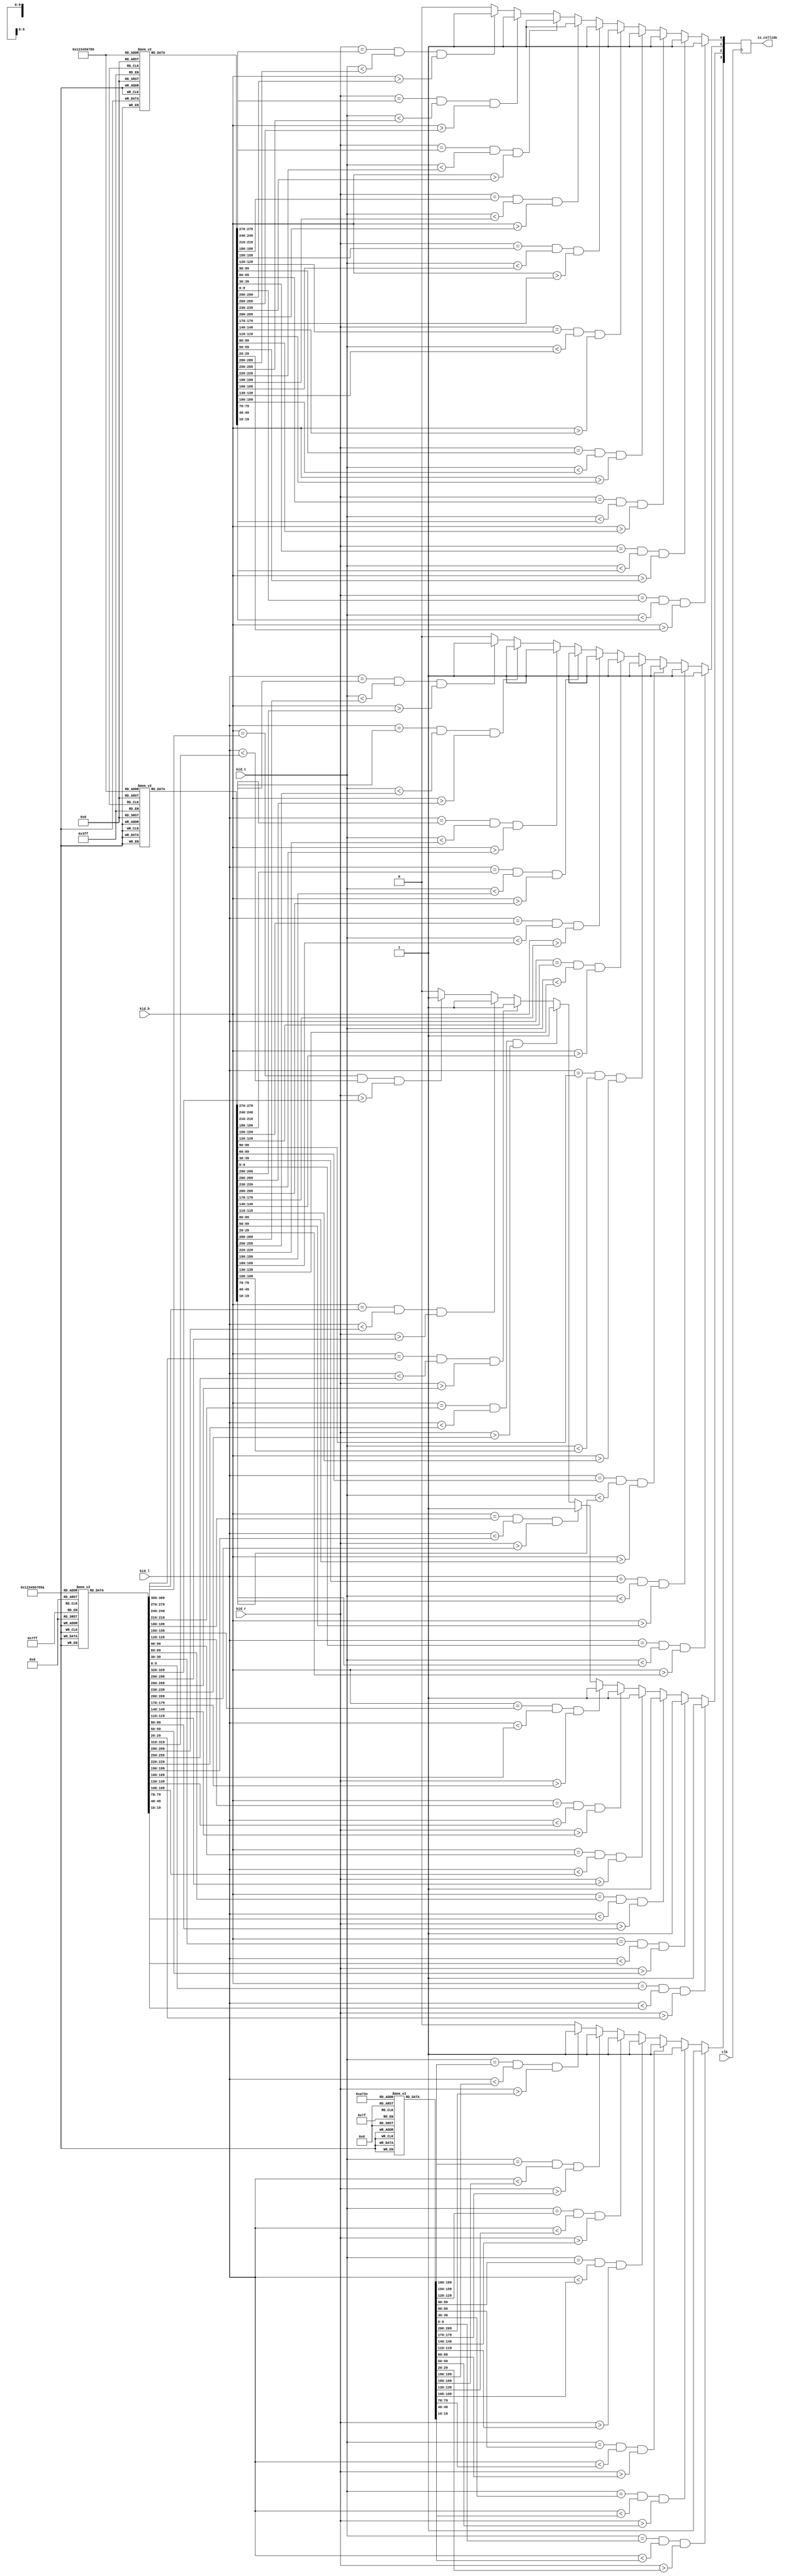
module collide_det (
    input clk,
    input [9:0] kid_t,
    input [9:0] kid_b,
    input [9:0] kid_l,
    input [9:0] kid_r,
    output reg [3:0] is_collide
);

    parameter bound_t_num = 7;
    parameter bound_b_num = 11;
    parameter bound_l_num = 10;
    parameter bound_r_num = 10;

    integer i;

    reg [29:0] bound_t [bound_t_num-1:0];
    reg [29:0] bound_b [bound_b_num-1:0];
    reg [29:0] bound_l [bound_l_num-1:0];
    reg [29:0] bound_r [bound_r_num-1:0];

    initial begin
        bound_t[0] = {10'd60 , 10'd125, 10'd416};
        bound_t[1] = {10'd28 , 10'd60 , 10'd448};
        bound_t[2] = {10'd645, 10'd711, 10'd384};
        bound_t[3] = {10'd547, 10'd613, 10'd351};
        bound_t[4] = {10'd385, 10'd418, 10'd351};
        bound_t[5] = {10'd287, 10'd353, 10'd351};
        bound_t[6] = {10'd743, 10'd775, 10'd416};

        bound_b[0] = {10'd0  , 10'd28 , 10'd318};
        bound_b[1] = {10'd28 , 10'd125, 10'd383};
        bound_b[2] = {10'd28 , 10'd93 , 10'd578};
        bound_b[3] = {10'd189, 10'd677, 10'd578};
        bound_b[4] = {10'd677, 10'd710, 10'd546};
        bound_b[5] = {10'd710, 10'd775, 10'd513};
        bound_b[6] = {10'd743, 10'd775, 10'd383};
        bound_b[7] = {10'd645, 10'd711, 10'd351};
        bound_b[8] = {10'd547, 10'd613, 10'd318};
        bound_b[9] = {10'd385, 10'd418, 10'd318};
        bound_b[10] = {10'd287, 10'd353, 10'd318};

        bound_l[0] = {10'd0  , 10'd318, 10'd9  };
        bound_l[1] = {10'd318, 10'd383, 10'd28 };
        bound_l[2] = {10'd383, 10'd416, 10'd125};
        bound_l[3] = {10'd416, 10'd448, 10'd60 };
        bound_l[4] = {10'd448, 10'd578, 10'd28 };
        bound_l[5] = {10'd578, 10'd599, 10'd93 };
        bound_l[6] = {10'd351, 10'd384, 10'd711};
        bound_l[7] = {10'd318, 10'd351, 10'd613};
        bound_l[8] = {10'd318, 10'd351, 10'd418};
        bound_l[9] = {10'd318, 10'd351, 10'd353};

        bound_r[0] = {10'd578, 10'd599, 10'd189};
        bound_r[1] = {10'd546, 10'd578, 10'd677};
        bound_r[2] = {10'd513, 10'd546, 10'd710};
        bound_r[3] = {10'd416, 10'd513, 10'd775};
        bound_r[4] = {10'd383, 10'd416, 10'd743};
        bound_r[5] = {10'd0  , 10'd383, 10'd775};
        bound_r[6] = {10'd351, 10'd384, 10'd645};
        bound_r[7] = {10'd318, 10'd351, 10'd547};
        bound_r[8] = {10'd318, 10'd351, 10'd385};
        bound_r[9] = {10'd318, 10'd351, 10'd287};
    end

    always @(negedge clk) begin
        is_collide = 4'b0000;
        for (i = 0; i < bound_t_num; i = i + 1) begin
            if (kid_t == bound_t[i][9:0] && kid_l < bound_t[i][19:10] && kid_r > bound_t[i][29:20]) begin
                is_collide[3] = 1'b1;
            end
        end
        for (i = 0; i < bound_b_num; i = i + 1) begin
            if (kid_b == bound_b[i][9:0] && kid_l < bound_b[i][19:10] && kid_r > bound_b[i][29:20]) begin
                is_collide[2] = 1'b1;
            end
        end
        for (i = 0; i < bound_l_num; i = i + 1) begin
            if (kid_l == bound_l[i][9:0] && kid_t < bound_l[i][19:10] && kid_b > bound_l[i][29:20]) begin
                is_collide[1] = 1'b1;
            end
        end
        for (i = 0; i < bound_r_num; i = i + 1) begin
            if (kid_r == bound_r[i][9:0] && kid_t < bound_r[i][19:10] && kid_b > bound_r[i][29:20]) begin
                is_collide[0] = 1'b1;
            end
        end
    end

endmodule